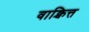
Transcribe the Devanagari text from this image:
वाक्चित्त